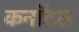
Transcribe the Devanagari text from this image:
कनॉटस